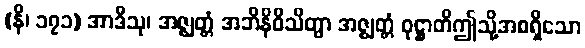
(နိ၊ ၁၇၁) အာဒီသု၊ အဇ္ဈတ္တံ အဘိနိဝိသိတွာ အဇ္ဈတ္တံ ဝုဋ္ဌာတိဤသို့အစရှိသော